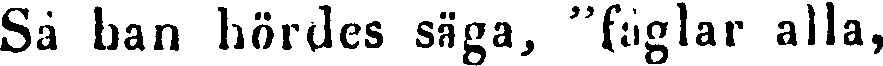
Sä han hördes säga, "fåglar alla,